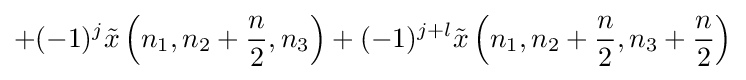
+(-1)^{j}{\tilde {x}}\left(n_{1},n_{2}+{\frac {n}{2}},n_{3}\right)+(-1)^{j+l}{\tilde {x}}\left(n_{1},n_{2}+{\frac {n}{2}},n_{3}+{\frac {n}{2}}\right)